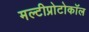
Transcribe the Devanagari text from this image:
मल्टीप्रोटोकॉल